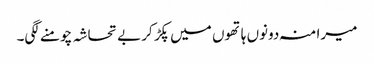
میرا منہ دونوں ہاتھوں میں پکڑ کر بے تحاشہ چومنے لگی۔